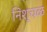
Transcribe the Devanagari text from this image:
निश्चळ